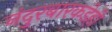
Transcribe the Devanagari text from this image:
नंदुरबारकडेही